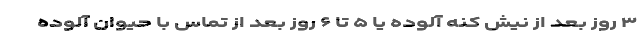
۳ روز بعد از نیش کنه آلوده یا ۵ تا ۶ روز بعد از تماس با حیوان آلوده